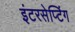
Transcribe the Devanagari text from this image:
इंटरसेप्टिंग